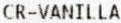
CR-VANILLA